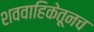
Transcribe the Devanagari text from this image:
शववाहिकेतूनच